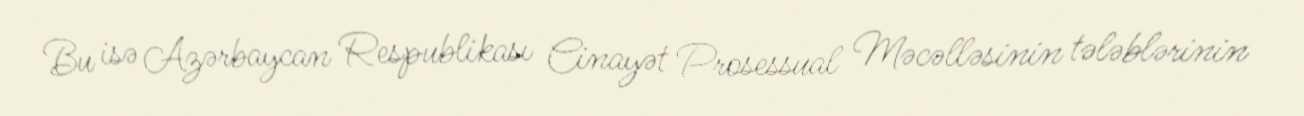
Bu isə Azərbaycan Respublikası Cinayət Prosessual Məcəlləsinin tələblərinin